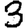
Digit: 3